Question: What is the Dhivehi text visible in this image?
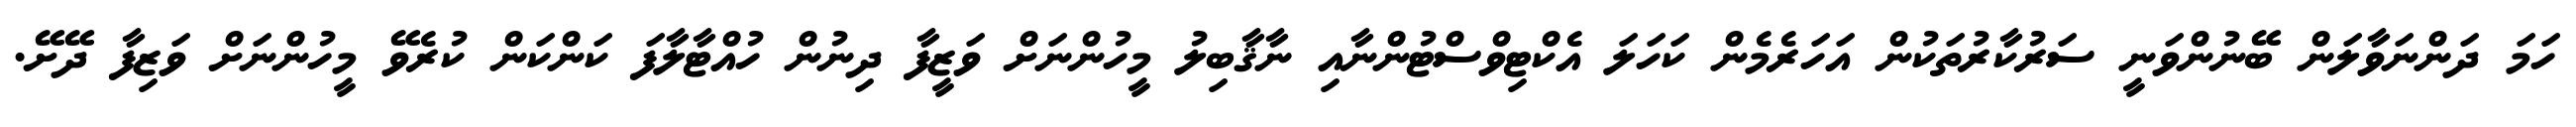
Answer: ހަމަ ދަންނަވާލަން ބޭނުންވަނީ ސަރުކާރުތަކުން އަހަރެމެން ކަހަލަ އެކްޓިވްސްޓުންނާއި ނާޤާބިލު މީހުންނަށް ވަޒީފާ ދިނުން ހުއްޓާލާފަ ކަންކަން ކުރެވޭ މީހުންނަށް ވަޒިފާ ދޭށޭ.